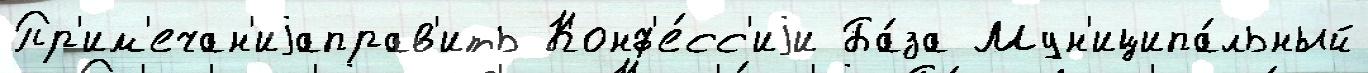
Пр'им'ечан'иjаправ'ить Конф'е́сс'иjи Ба́за Мун'иципа́льный